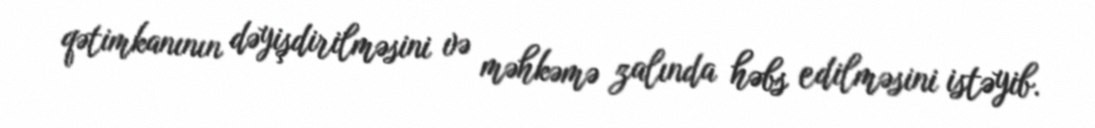
qətimkanının dəyişdirilməsini və məhkəmə zalında həbs edilməsini istəyib.